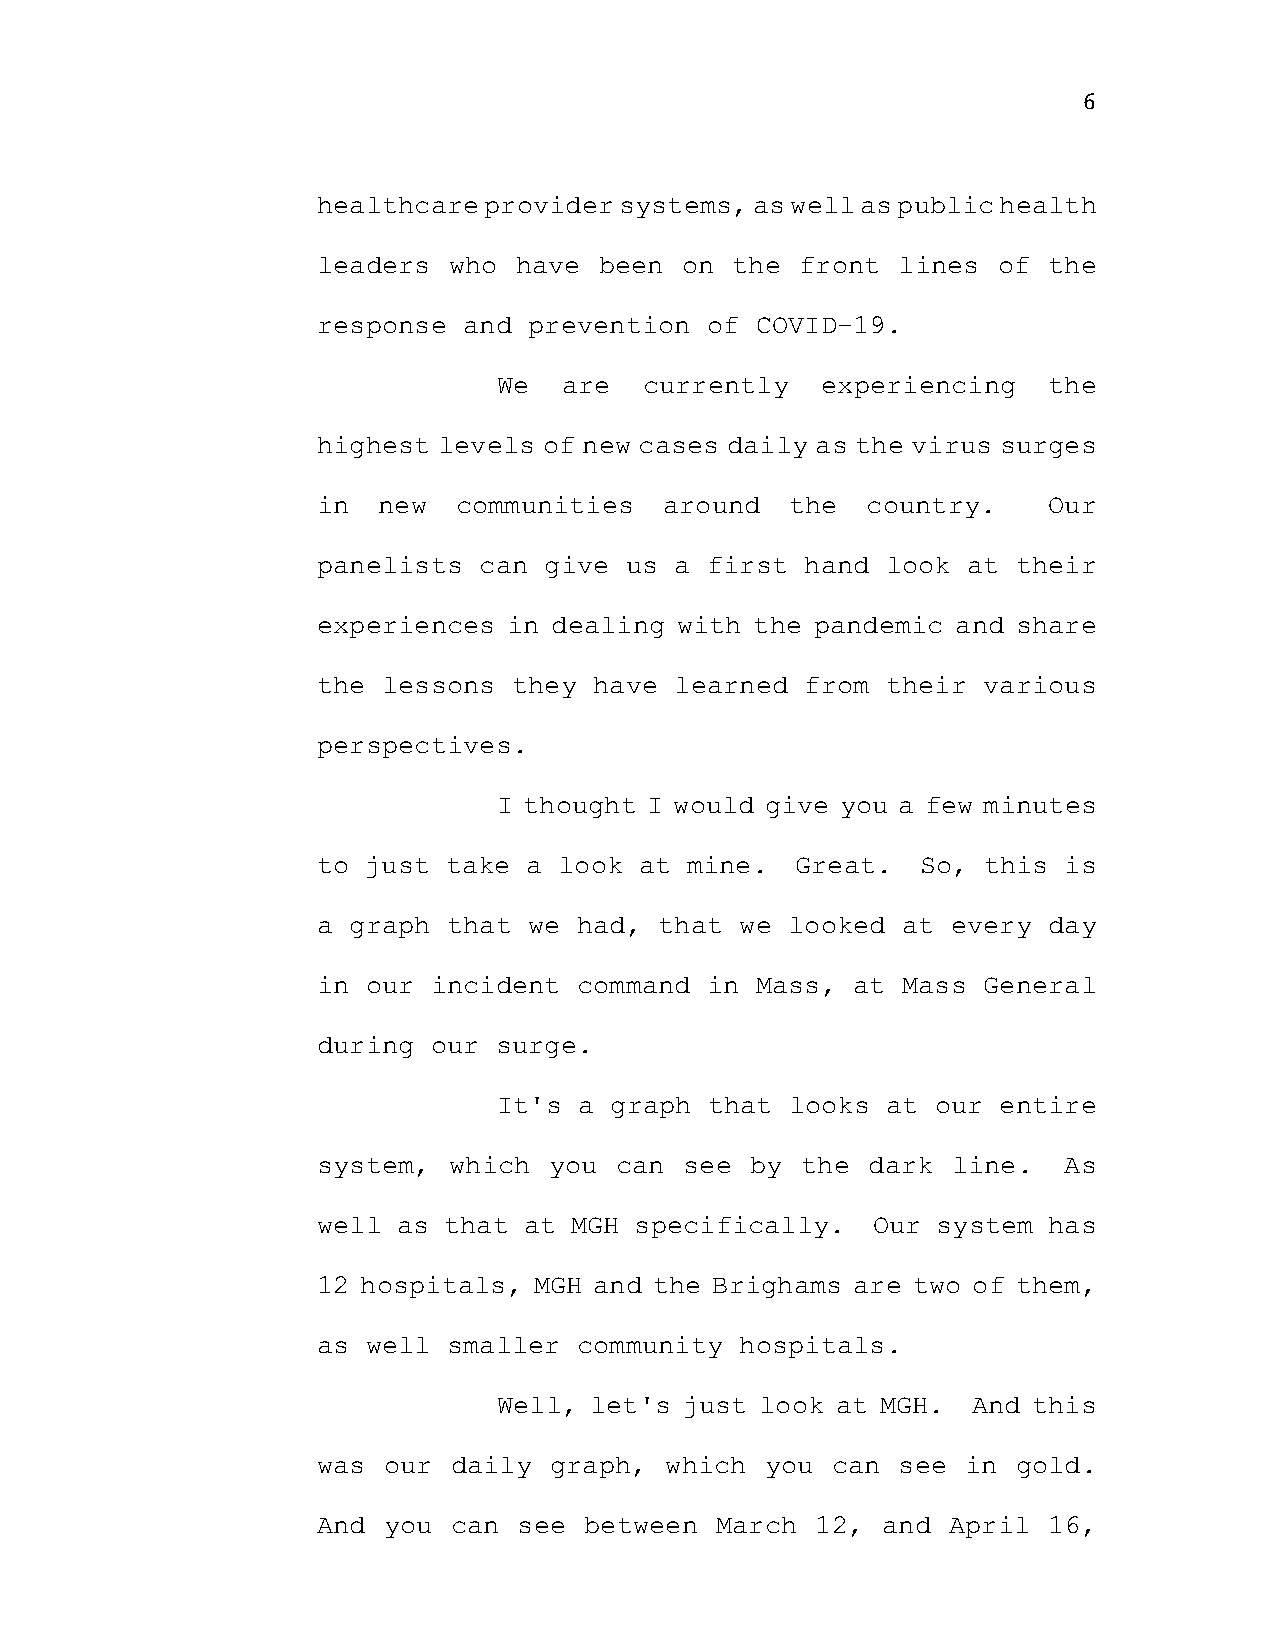
6
 healthcare provider systems, as well as public health
 leaders  who have  been on the  front lines  of the
 response  and prevention  of COVID-19.
 We  are   currently  experiencing   the
 highest levels of new cases daily as the virus surges
 in  new  communities   around  the  country.    Our
 panelists  can give us  a first hand  look at their
 experiences  in dealing with the pandemic and share
 the lessons  they have  learned from  their various
 perspectives.
 I thought I would give you a few minutes
 to just  take a look at mine.   Great.  So, this is
 a graph  that we had,  that we looked  at every day
 in our  incident command  in Mass, at  Mass General
 during  our surge.
 It's a graph  that looks  at our entire
 system,  which you  can see  by the dark  line.  As
 well as that  at MGH specifically.   Our system has
 12 hospitals, MGH and the Brighams are two of them,
 as well  smaller community  hospitals.
 Well, let's just look at MGH.  And this
 was our  daily graph,  which  you can see  in gold.
 And you  can see  between March  12, and  April 16,